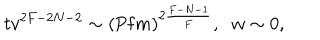
LaTeX: t v ^ { 2 F - 2 N - 2 } \sim \left( \mathrm { P f } m \right) ^ { 2 \frac { F - N - 1 } { F } } , \; \; w \sim 0 ,